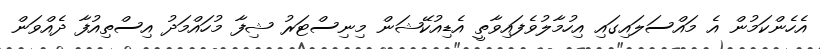
އެހެންކަމުން އެ މައްސަލައިގައި އިހުމާލުވެފައިވާތީ އެޑިއުކޭޝަން މިނިސްޓަރު ޝިފާ މުހައްމަދު އިސްތިއުފާ ދެއްވަން